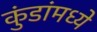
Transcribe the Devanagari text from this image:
कुंडांमध्ये